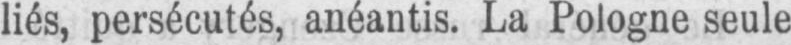
liés, persécutés, anéantis. La Pologne seule